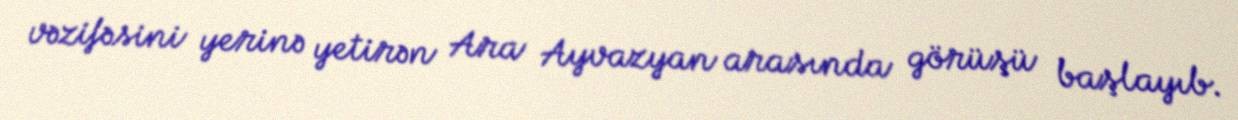
vəzifəsini yerinə yetirən Ara Ayvazyan arasında görüşü başlayıb.